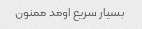
بسیار سریع اومد ممنون